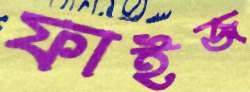
ফাইজ